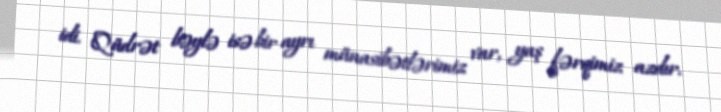
idi. Qüdrət bəylə isə bir ayrı münasibətlərimiz var, yaş fərqimiz azdır.